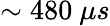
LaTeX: \sim 480\ \mu s